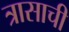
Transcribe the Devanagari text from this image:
त्रासाची